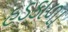
હડકાળા